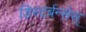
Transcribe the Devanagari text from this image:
डिस्टर्बन्सेस्